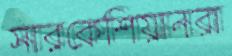
সারকেশিয়ানরা